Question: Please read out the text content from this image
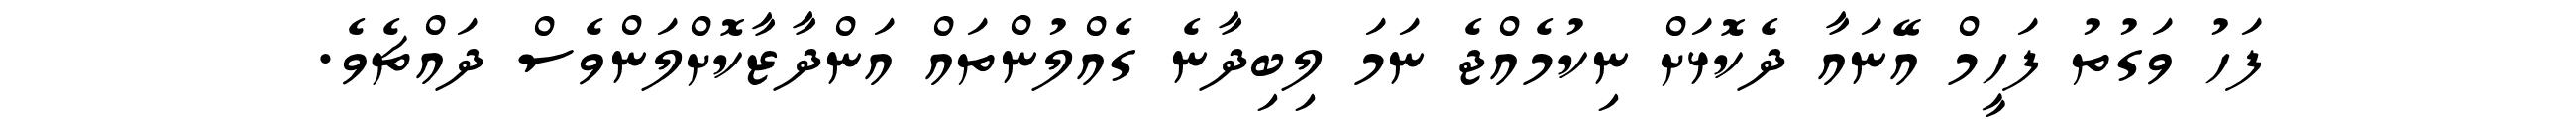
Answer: ފަހު ވަގުތު ފަހީމް އޭނައާ ދެކޮޅަށް ނިކުމެއްޖެ ނަމަ ލިބިދާނެ ގެއްލުންތައް އަންދާޒާކޮށްލަންވެސް ދައްޗެވެ.